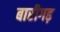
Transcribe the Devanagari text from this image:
बारीगढ़